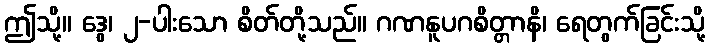
ဤသို့။ ဒွေ၊ ၂-ပါးသော စိတ်တို့သည်။ ဂဏနူပဂစိတ္တာနိ၊ ရေတွက်ခြင်းသို့